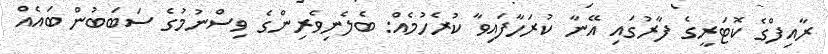
ރާއިފްގެ ކޮޓަރީގެ ފާރުގައި އޭނާ ކުރަހާފައިވާ ކުރެހުމެއް: ބެލެނިވެރިންގެ ވިސްނުމުގެ ސަބަބުން ބައެއް